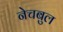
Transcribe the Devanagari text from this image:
नेचबुल